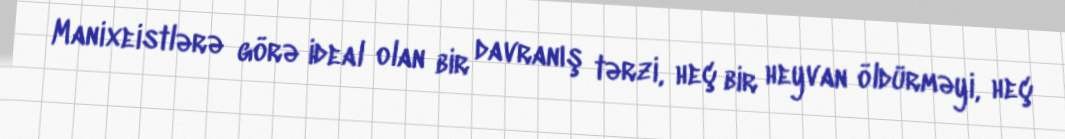
Manixeistlərə görə ideal olan bir davranış tərzi, heç bir heyvan öldürməyi, heç